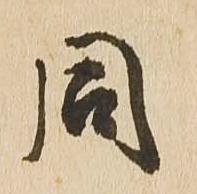
同